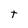
Character: t